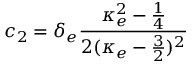
c _ { 2 } = \delta _ { e } \frac { \kappa _ { e } ^ { 2 } - \frac { 1 } { 4 } } { 2 ( \kappa _ { e } - \frac { 3 } { 2 } ) ^ { 2 } }